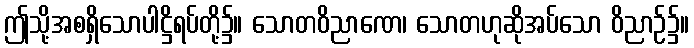
ဤသို့အစရှိသောပါဋ္ဌိရပ်တို့၌။ သောတဝိညာဏေ၊ သောတဟုဆိုအပ်သော ဝိညာဉ်၌။